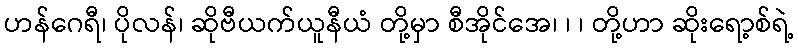
ဟန်ဂေရီ၊ ပိုလန်၊ ဆိုဗီယက်ယူနီယံ တို့မှာ စီအိုင်အေ၊ ၊ ၊ တို့ဟာ ဆိုးရော့စ်ရဲ့